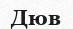
Дюв